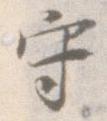
守